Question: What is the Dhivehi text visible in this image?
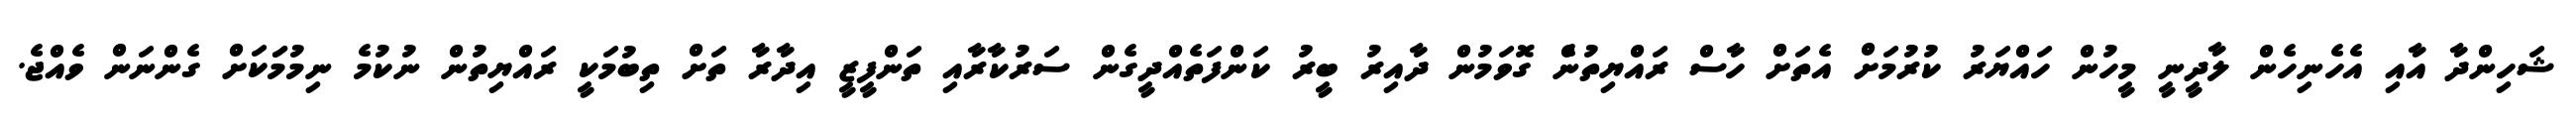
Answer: ޝަހިންދާ އާއި އެހެނިހެން ލާދީނީ މީހުން ހައްޔަރު ކުރުމަށް އެތަށް ހާސް ރައްޔިތުނެް ގޮވަމުން ދާއިރު ބީރު ކަންފަތެއްދީގެން ސަރުކާރާއި ތަންފީޒީ އިދާރާ ތަށް ތިބުމަކީ ރައްޔިތުން ނުކުމެ ނިމުމަަކަށް ގެންނަން ވެއްޖެ.